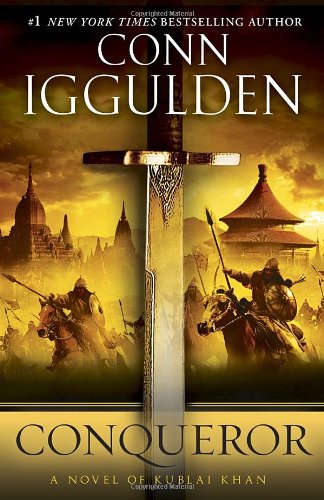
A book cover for Conqueror: A Novel of Kublai Khan (The Khan Dynasty); Conn Iggulden; Literature & Fiction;